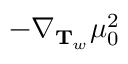
- \nabla _ { \mathbf { T } _ { w } } \mu _ { 0 } ^ { 2 }